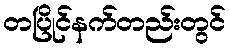
တပြိုင်နက်တည်းတွင်